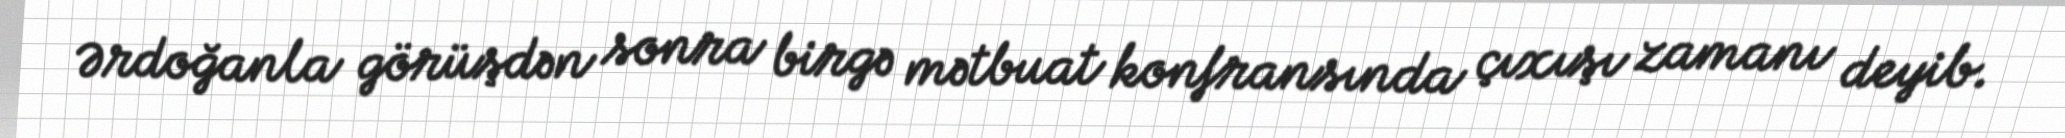
Ərdoğanla görüşdən sonra birgə mətbuat konfransında çıxışı zamanı deyib.